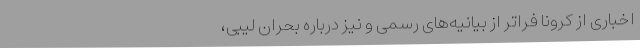
اخباری از کرونا فراتر از بیانیه‌های رسمی و نیز درباره بحران لیبی،